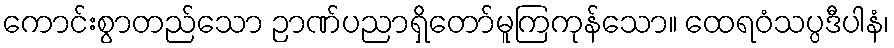
ကောင်းစွာတည်သော ဉာဏ်ပညာရှိတော်မူကြကုန်သော။ ထေရဝံသပ္ပဒီပါနံ၊